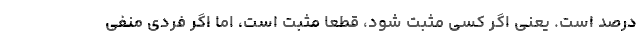
درصد است. یعنی اگر کسی مثبت شود، قطعاً مثبت است، اما اگر فردی منفی